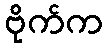
ဗိုက်က